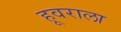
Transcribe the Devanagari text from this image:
हूवराला